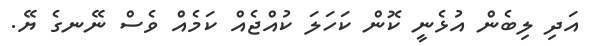
އަދި ލިބެން އުޅެނީ ކޮން ކަހަލަ ކުއްޖެއް ކަމެއް ވެސް ނޭނގެ ޔޭ.